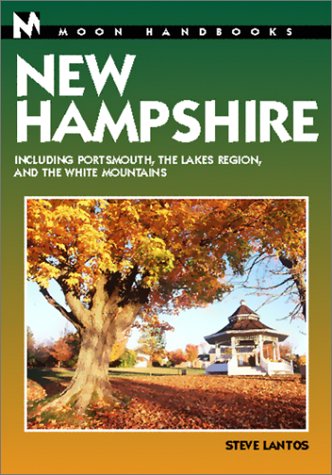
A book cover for Moon Handbooks New Hampshire: Including Portsmouth, the Lakes Region, and the White Mountains; Steve Lantos; Travel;